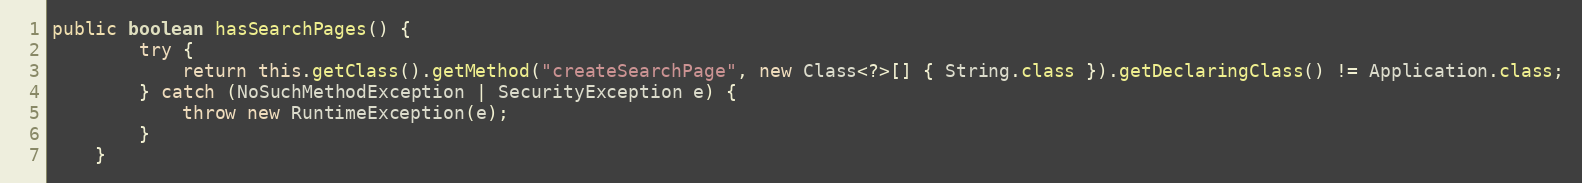
Language: Java
public boolean hasSearchPages() {
		try {
			return this.getClass().getMethod("createSearchPage", new Class<?>[] { String.class }).getDeclaringClass() != Application.class;
		} catch (NoSuchMethodException | SecurityException e) {
			throw new RuntimeException(e);
		}
	}